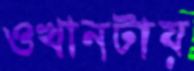
ওখানটায়